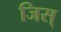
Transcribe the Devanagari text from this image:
जिस्